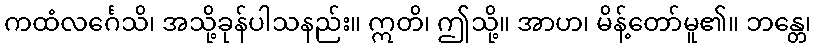
ကထံလင်္ဂေသိ၊ အသို့ခုန်ပါသနည်း။ ဣတိ၊ ဤသို့။ အာဟ၊ မိန့်တော်မူ၏။ ဘန္တေ၊